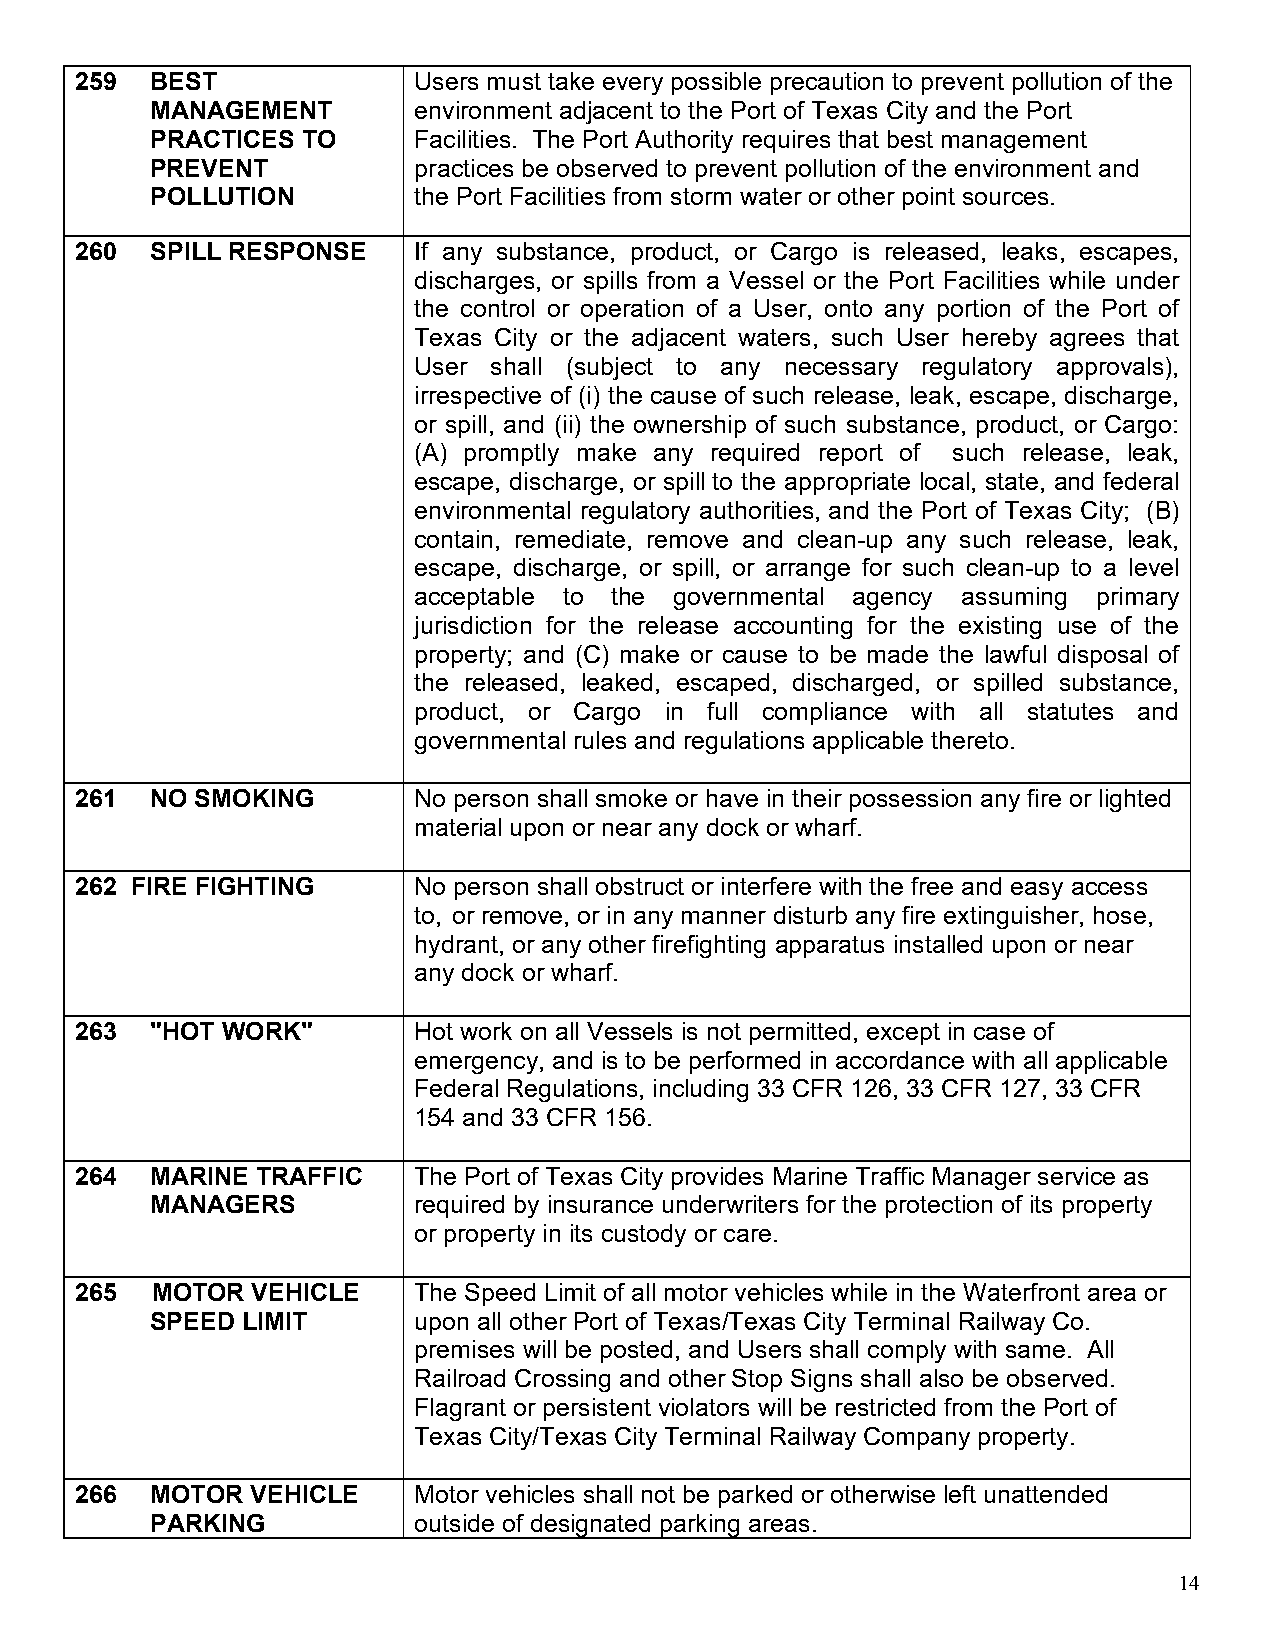
259  BEST             Users must take every possible precaution to prevent pollution of the
 MANAGEMENT       environment adjacent to the Port of Texas City and the Port
 PRACTICES TO     Facilities. The Port Authority requires that best management
 PREVENT          practices be observed to prevent pollution of the environment and
 POLLUTION        the Port Facilities from storm water or other point sources.
 260  SPILL RESPONSE   If any substance, product, or Cargo is released, leaks, escapes,
 discharges, or spills from a Vessel or the Port Facilities while under
 the control or operation of a User, onto any portion of the Port of
 Texas City or the adjacent waters, such User hereby agrees that
 User shall (subject to any necessary regulatory approvals),
 irrespective of (i) the cause of such release, leak, escape, discharge,
 or spill, and (ii) the ownership of such substance, product, or Cargo:
 (A) promptly make any required report of such release, leak,
 escape, discharge, or spill to the appropriate local, state, and federal
 environmental regulatory authorities, and the Port of Texas City; (B)
 contain, remediate, remove and clean-up any such release, leak,
 escape, discharge, or spill, or arrange for such clean-up to a level
 acceptable to the governmental agency assuming primary
 jurisdiction for the release accounting for the existing use of the
 property; and (C) make or cause to be made the lawful disposal of
 the released, leaked, escaped, discharged, or spilled substance,
 product, or Cargo in full compliance with all statutes and
 governmental rules and regulations applicable thereto.
 261  NO SMOKING       No person shall smoke or have in their possession any fire or lighted
 material upon or near any dock or wharf.
 262 FIRE FIGHTING     No person shall obstruct or interfere with the free and easy access
 to, or remove, or in any manner disturb any fire extinguisher, hose,
 hydrant, or any other firefighting apparatus installed upon or near
 any dock or wharf.
 263  "HOT WORK"       Hot work on all Vessels is not permitted, except in case of
 emergency, and is to be performed in accordance with all applicable
 Federal Regulations, including 33 CFR 126, 33 CFR 127, 33 CFR
 154 and 33 CFR 156.
 264  MARINE TRAFFIC   The Port of Texas City provides Marine Traffic Manager service as
 MANAGERS         required by insurance underwriters for the protection of its property
 or property in its custody or care.
 265  MOTOR  VEHICLE   The Speed Limit of all motor vehicles while in the Waterfront area or
 SPEED LIMIT      upon all other Port of Texas/Texas City Terminal Railway Co.
 premises will be posted, and Users shall comply with same. All
 Railroad Crossing and other Stop Signs shall also be observed.
 Flagrant or persistent violators will be restricted from the Port of
 Texas City/Texas City Terminal Railway Company property.
 266  MOTOR  VEHICLE   Motor vehicles shall not be parked or otherwise left unattended
 PARKING          outside of designated parking areas.
 14